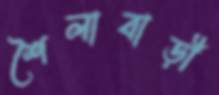
শৈলাবাড়ী